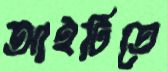
আইটিতে